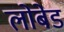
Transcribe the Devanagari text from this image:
लोबेड